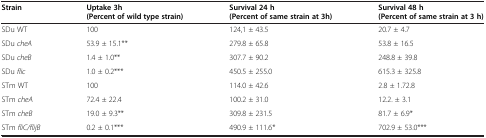
<table><thead><tr><td><b>Strain</b></td><td><b>Uptake 3h (Percent of wild type strain)</b></td><td><b>Survival 24 h (Percent of same strain at 3h)</b></td><td><b>Survival 48 h (Percent of same strain at 3 h)</b></td></tr></thead><tbody><tr><td>SDu WT</td><td>100</td><td>124,1 ± 43.5</td><td>20.7 ± 4.7</td></tr><tr><td>SDu <i>cheA</i></td><td>53.9 ± 15.1**</td><td>279.8 ± 65.8</td><td>53.8 ± 16.5</td></tr><tr><td>SDu <i>cheB</i></td><td>1.4 ± 1.0**</td><td>307.7 ± 90.2</td><td>248.8 ± 39.8</td></tr><tr><td>SDu <i>flic</i></td><td>1.0 ± 0.2***</td><td>450.5 ± 255.0</td><td>615.3 ± 325.8</td></tr><tr><td>STm WT</td><td>100</td><td>114.0 ± 42.6</td><td>2.8 ± 1.72.8</td></tr><tr><td>STm <i>cheA</i></td><td>72.4 ± 22.4</td><td>100.2 ± 31.0</td><td>12.2. ± 3.1</td></tr><tr><td>STm <i>cheB</i></td><td>19.0 ± 9.3**</td><td>309.8 ± 231.5</td><td>81.7 ± 6.9*</td></tr><tr><td>STm <i>fliC/flijB</i></td><td>0.2 ± 0.1***</td><td>490.9 ± 111.6*</td><td>702.9 ± 53.0***</td></tr></tbody></table>